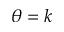
\theta = k